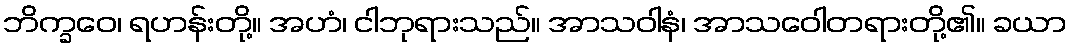
ဘိက္ခဝေ၊ ရဟန်းတို့။ အဟံ၊ ငါဘုရားသည်။ အာသဝါနံ၊ အာသဝေါတရားတို့၏။ ခယာ